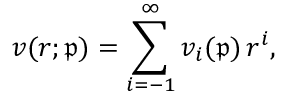
v ( r ; \mathfrak { p } ) = \sum _ { i = - 1 } ^ { \infty } v _ { i } ( \mathfrak { p } ) \, r ^ { i } ,